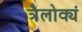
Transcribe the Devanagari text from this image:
त्रैलोक्यं